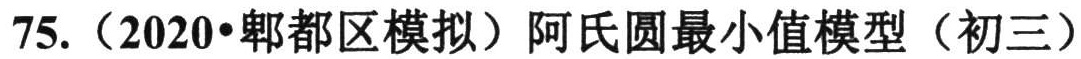
75.（2020•郫都区模拟）阿氏圆最小值模型（初三）